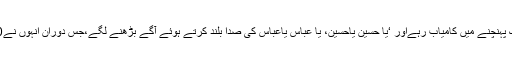
بتایا جاتا ہے کہ سخت ترین بندشوں کے باوجود درجنوں عزادار لالچوک پہنچنے میں کامیاب رہےاور ‘یا حسین یاحسین، یا عباس یاعباس کی صدا بلند کرتے ہوئے آگے بڑھنے لگے،جس دوران انہوں نے10 محرم الحرام کے سلسلے میں عاشورہ جلوس نکالنے کی کوشش کی ۔